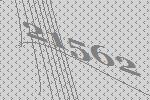
21562